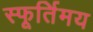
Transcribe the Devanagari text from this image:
स्फूर्तिमय